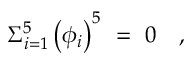
\Sigma _ { i = 1 } ^ { 5 } \left( \phi _ { i } \right) ^ { 5 } ~ = ~ 0 \quad ,